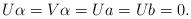
LaTeX: \begin{align*}U\alpha=V\alpha=Ua=Ub=0.\end{align*}